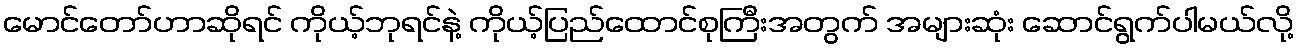
မောင်တော်ဟာဆိုရင် ကိုယ့်ဘုရင်နဲ့ ကိုယ့်ပြည်ထောင်စုကြီးအတွက် အများဆုံး ဆောင်ရွက်ပါမယ်လို့